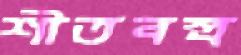
শীতবস্ত্র